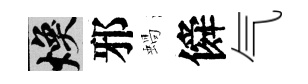
焕邪蝸僢气